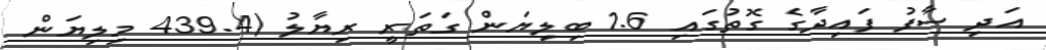
އަދި ސާފު ފައިދާގެ ގޮތުގައި 1.6 ބިލިޔަން ގަތަރީ ރިޔާލު (439.4 މިލިޔަން